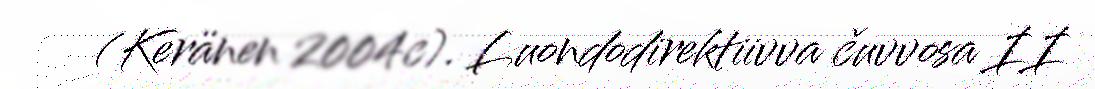
(Keränen 2004c). Luondodirektiivva čuvvosa II